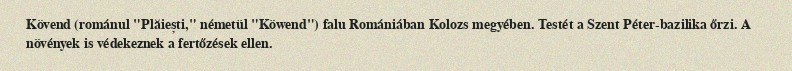
Kövend (románul "Plăiești," németül "Köwend") falu Romániában Kolozs megyében. Testét a Szent Péter-bazilika őrzi. A növények is védekeznek a fertőzések ellen.